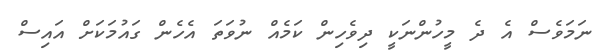
ނަމަވެސް އެ ދެ މީހުންނަކީ ދިވެހިން ކަމެއް ނުވަތަ އެހެން ގައުމަކަށް އައިސް